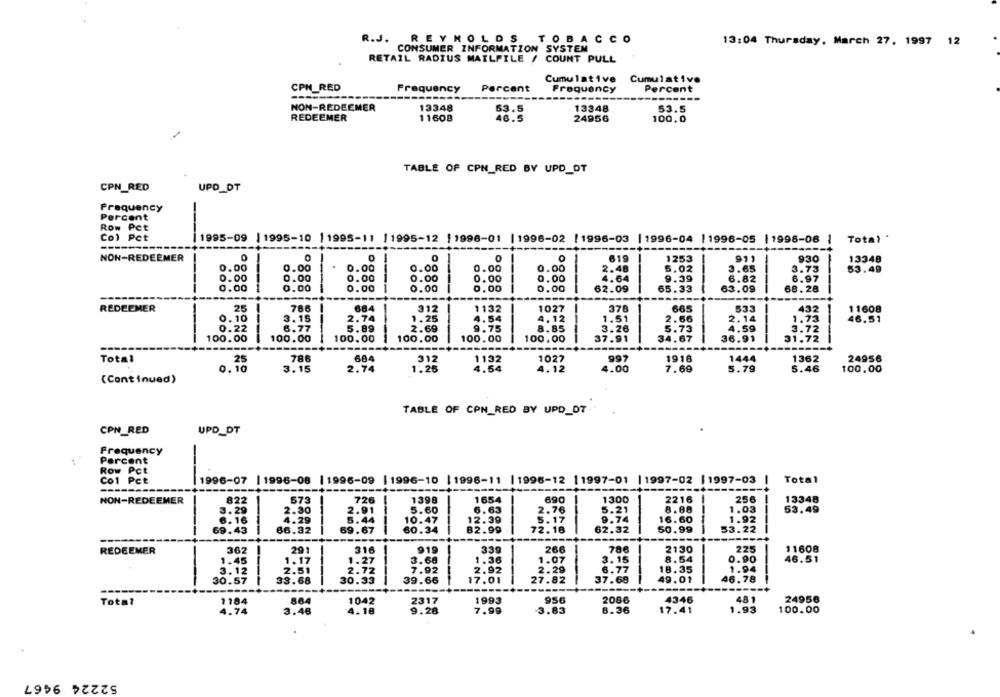
R.J. REYNOLDS TOBACCO
R.J.
13:04 Thursday, March 27, 1997 12
CONSUMER INFORMATION SYSTEM
RETAIL RADIUS MAILFILE / COUNT PULL
Cumulative
Cumulative
CPH RED
Frequency
Percent
Frequency
Percent
---
NON-REDEEMER
13348
13348
53.5
REDEEMER
11608
53.5
24956
100.0
TABLE OF CPN_RED BY UPD_OT
CPN_RED
UPD_DT
Frequency
Percent
Row Pct
Col Pet
|1995-09 |1995-10 11995-11 |1995-12 |1996-01 |1996-02 [1996-03 | 1996-04 11996-05 |1996-06 |
Total *
NON-REDEEMER
0
0
O
619
1253
911
930
13348
0
O
0.00
0.00
.
0.00
0.00
0.00
0.00
2.48
5.02
3.65
3.73
53.49
4.64
9.39
6.82
6.97
0.00
0.00
0.00
0.00
0.00
0.00
0.00
0.00
0.00
0.00
0.00
0.00
62.09
65.33
63.09
68.28
REDEEMER
25
786
684
312
1132
1027
378
665
533
432
11608
0.10
3.15
2.74
1.25
4.54
4.12
1.51
2.66
2.14
1.73
46.51
0.22
6.77
5.89
2.69
9.75
8.85
3.26
5.73
4.59
3.72
100.00
100.00
100.00
100.00
100.00
100.00
-
37.91
34.67
36.91
31.72
---
Total
25
786
684
312
1132
1027
997
1916
1444
1362
24956
0. 10
3.15
2.74
1.26
4.54
4.12
4.00
7.69
5.79
5.46
100.00
(Continued)
TABLE OF CPN_RED BY UPD_DT-
CPN_RED
UPD_DT
Frequency
Percent
Row Pct
Co1 Pct
1996-07 |1996-08 |1996-09 |1996-10 |1996-11 |1996-12 11997-01 | 1997-02 |1997-03
Total
NON-REDEEMER
822
673
726
1398
1654
690
1300
2216
256
13348
3.29
2.91
5.60
6.63
8.88
1.03
2.30
2.76
53.49
.16
4.29
5.44
10.47
12.39
8:74
16.60
1.92
69.43
86.32
69.67
60.34
82.99
72.18
62.32
50.99
53.22
REDEEMER
362
291
316
919
339
266
786
2130
225
11608
0.90
1.45
1.17
1.27
3.60
1.36
1.07
3.15
8.54
46.51
3.12
2.51
2.72
7.92
2.92
2.29
6.77
18.35
1.94
30.57
30.33
27.82
37.68
49.01
46.78
33.68
39.66
17.01
----
864
1042
2317
1993
956
2086
4346
481
24956
Total
1184
4.74
3.46
4.18
9.28
7.99
3.83
8.36
17.41
1.93
100.00
52224 9467